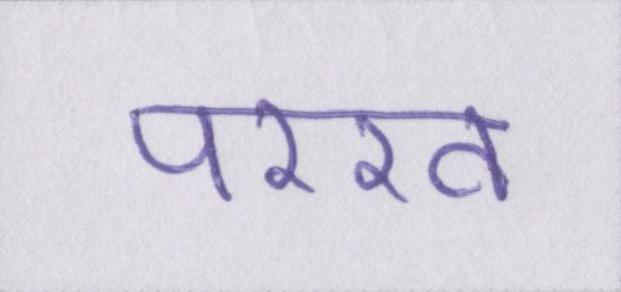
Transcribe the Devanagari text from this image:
परख